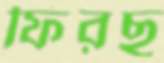
ফিরছ